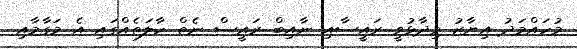
މުހައްމަދު އިޔާޒު ވިދާޅުވީ ރައީސާއި ނާއިބް ރައީސް ނެތް ހާލަތެއްގައި އެ މަގާމާއި